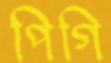
পিগি